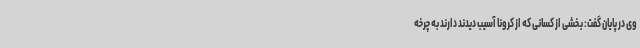
وی در پایان گفت: بخشی از کسانی که از کرونا آسیب دیدند دارند به چرخه